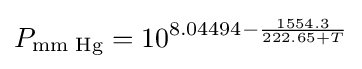
P_{\text{mm Hg}}=10^{8.04494-{\frac {1554.3}{222.65+T}}}